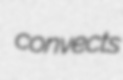
convects